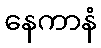
နေကာနံ